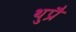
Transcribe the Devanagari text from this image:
थुप्रै